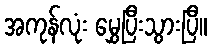
အကုန်လုံး မွှေပြီးသွားပြီ။